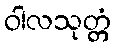
ဝါလသုတ္တံ